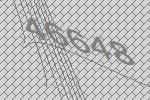
46648